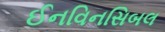
ઈનવિનસિબલ